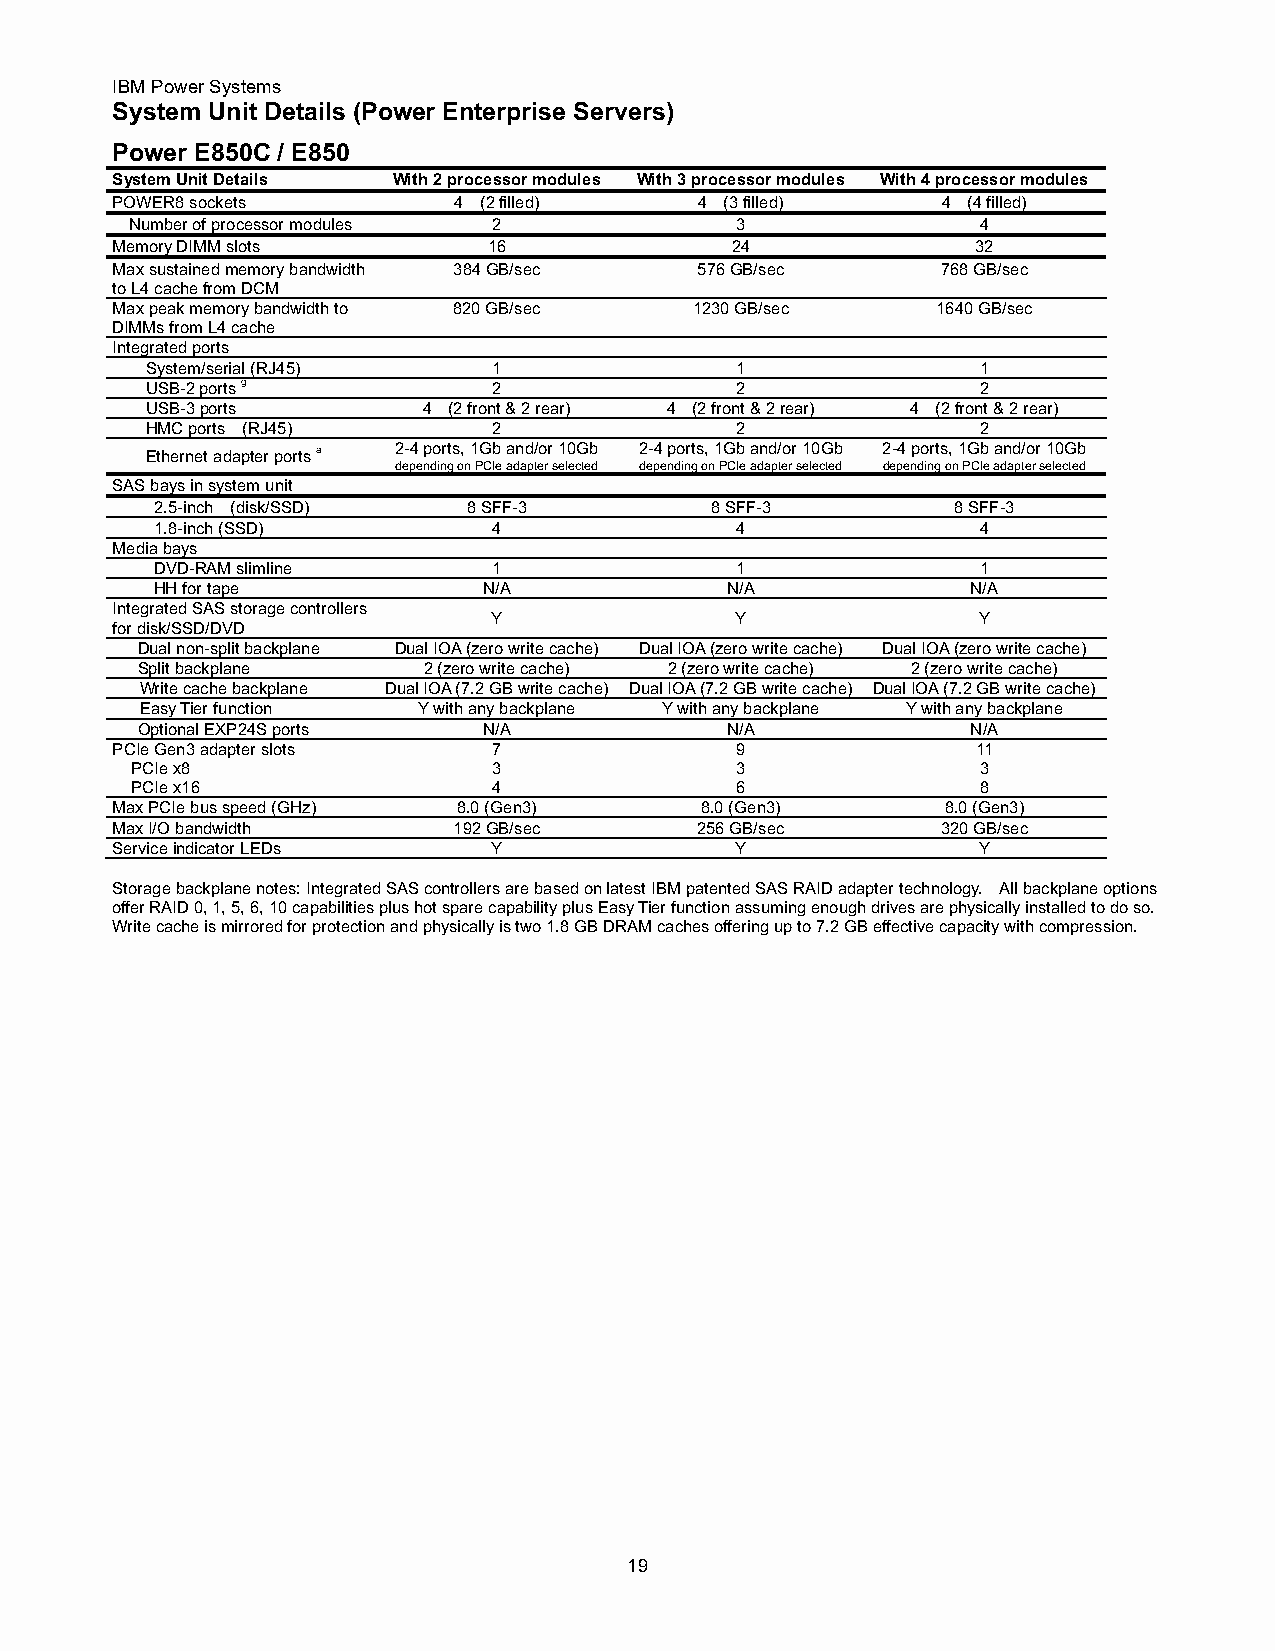
IBM Power Systems
 System Unit Details (Power Enterprise Servers)
 Power E850C / E850
 System Unit Details With 2 processor modules With 3 processor modules With 4 processor modules
 POWER8 sockets         4 (2 filled)    4 (3 filled)    4 (4 filled)
 Number of processor modules 2           3               4
 Memory DIMM slots        16              24               32
 Max sustained memory bandwidth 384 GB/sec 576 GB/sec   768 GB/sec
 to L4 cache from DCM
 Max peak memory bandwidth to 820 GB/sec 1230 GB/sec    1640 GB/sec
 DIMMs from L4 cache
 Integrated ports
 System/serial (RJ45)   1               1               1
 USB-2 ports g          2               2               2
 USB-3 ports       4 (2 front & 2 rear) 4 (2 front & 2 rear) 4 (2 front & 2 rear)
 HMC ports (RJ45)       2               2               2
 Ethernet adapter ports a 2-4 ports, 1Gb and/or 10Gb 2-4 ports, 1Gb and/or 10Gb 2-4 ports, 1Gb and/or 10Gb
 depending on PCIe adapter selected depending on PCIe adapter selected depending on PCIe adapter selected
 SAS bays in system unit
 2.5-inch (disk/SSD)  8 SFF-3         8 SFF-3         8 SFF-3
 1.8-inch (SSD)         4               4               4
 Media bays
 DVD-RAM slimline       1               1               1
 HH for tape           N/A             N/A             N/A
 Integrated SAS storage controllers
 Y               Y               Y
 for disk/SSD/DVD
 Dual non-split backplane Dual IOA (zero write cache) Dual IOA (zero write cache) Dual IOA (zero write cache)
 Split backplane    2 (zero write cache) 2 (zero write cache) 2 (zero write cache)
 Write cache backplane Dual IOA (7.2 GB write cache) Dual IOA (7.2 GB write cache) Dual IOA (7.2 GB write cache)
 Easy Tier function Y with any backplane Y with any backplane Y with any backplane
 Optional EXP24S ports  N/A             N/A             N/A
 PCIe Gen3 adapter slots   7               9               11
 PCIe x8                 3               3               3
 PCIe x16                4               6               8
 Max PCIe bus speed (GHz) 8.0 (Gen3)    8.0 (Gen3)       8.0 (Gen3)
 Max I/O bandwidth      192 GB/sec      256 GB/sec      320 GB/sec
 Service indicator LEDs    Y               Y               Y
 Storage backplane notes: Integrated SAS controllers are based on latest IBM patented SAS RAID adapter technology. All backplane options
 offer RAID 0, 1, 5, 6, 10 capabilities plus hot spare capability plus Easy Tier function assuming enough drives are physically installed to do so.
 Write cache is mirrored for protection and physically is two 1.8 GB DRAM caches offering up to 7.2 GB effective capacity with compression.
 19